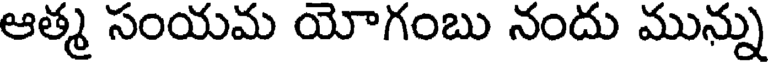
ఆత్మ సంయమ యోగంబు నందు మున్ను